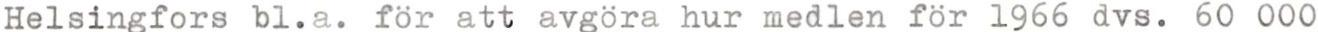
Helsingfors bl.a. för att avgöra hur medlen för 1966 dvs. 60 000